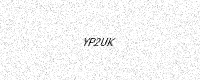
Text: YP2UK